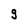
Character: g